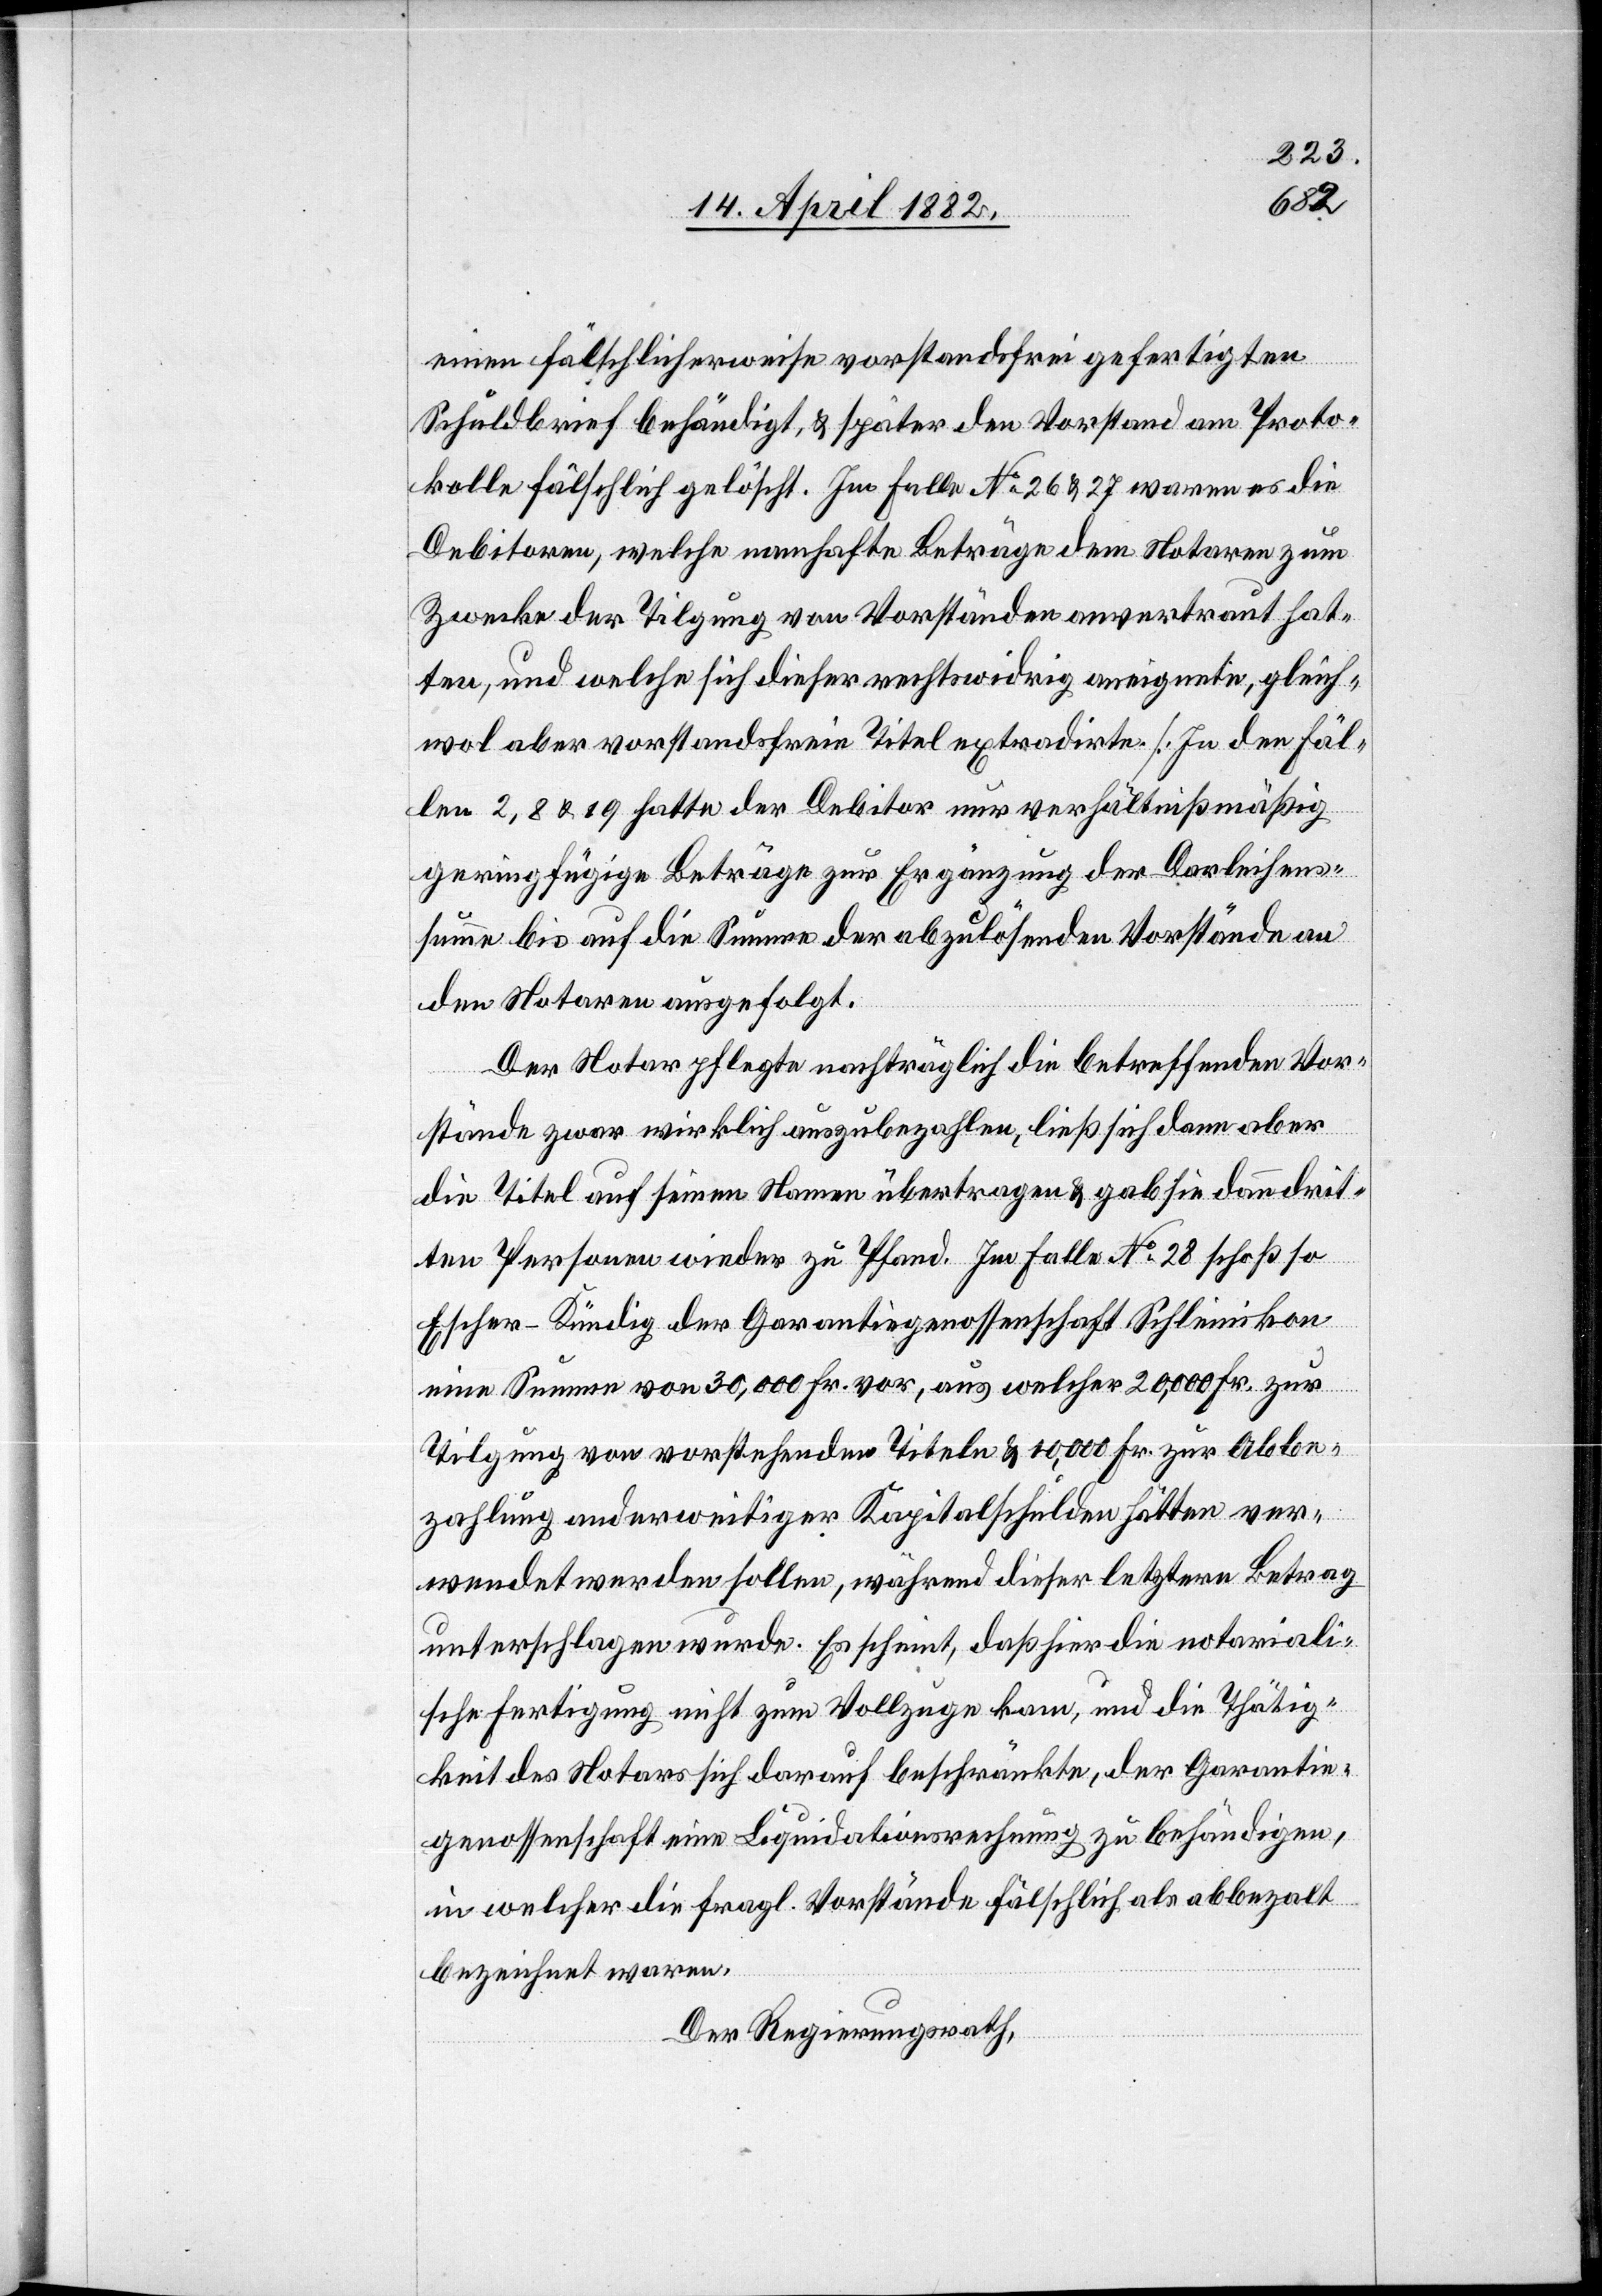
einen fälschlicherweise vorstandsfrei gefertigten
Schuldbrief behändigt, & später den Vorstand am Proto¬
kolle fälschlich gelöscht. Im Falle No 26 & 27 waren es die
Debitoren, welche namhafte Beträge dem Notaren zum
Zwecke der Tilgung von Vorständen anvertraut hat¬
ten, und welche sich dieser rechtswidrig aneignete, gleich¬
wol aber vorstandsfreie Titel extradirte. [In den Fäl¬
len 2, 8 & 19 hatte der Debitor nur verhältnißmäßig
geringfügige Beträge zur Ergänzung der Darleihens¬
summe bis auf die Summe der abzulösenden Vorstände an
den Notaren ausgefolgt.]
Der Notar pflegte nachträglich die betreffenden Vor¬
stände zwar wirklich auszubezahlen, ließ sich dann aber
die Titel auf seinen Namen übertragen & gab sie dann drit¬
ten Personen wieder zu Pfand. Im Falle No 28 schoß so
Escher-Kündig der Garantiegenossenschaft Schleinikon
eine Summe von 30,000 Fr. vor, aus welcher 20,000 Fr. zur
Tilgung von vorstehenden Titeln & 10,000 Fr. zur Abbe¬
zahlung anderweitiger Kapitalschulden hätten ver¬
wendet werden sollen, während dieser letztere Betrag
unterschlagen wurde. Es scheint, daß hier die notariali¬
sche Fertigung nicht zum Vollzuge kam, und die Thätig¬
keit des Notars sich darauf beschränkte, der Garantie¬
genossenschaft eine Liquidationsrechnung zu behändigen,
in welcher die fragl. Vorstände fälschlich als abbezalt
bezeichnet waren.
Der Regierungsrath,